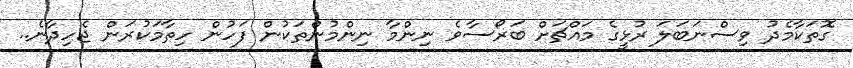
ގޮތަކާމެދު ވިސްނަބަލަ ރުޅީގެ މައްޗަށް ބަރޯސާވެ ނިންމާ ނިންމުންތަކުން ފަހުން ހިތާމަކުރަން ޖެހިދާނެ..